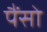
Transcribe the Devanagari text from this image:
पैंसो